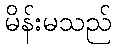
မိန်းမသည်